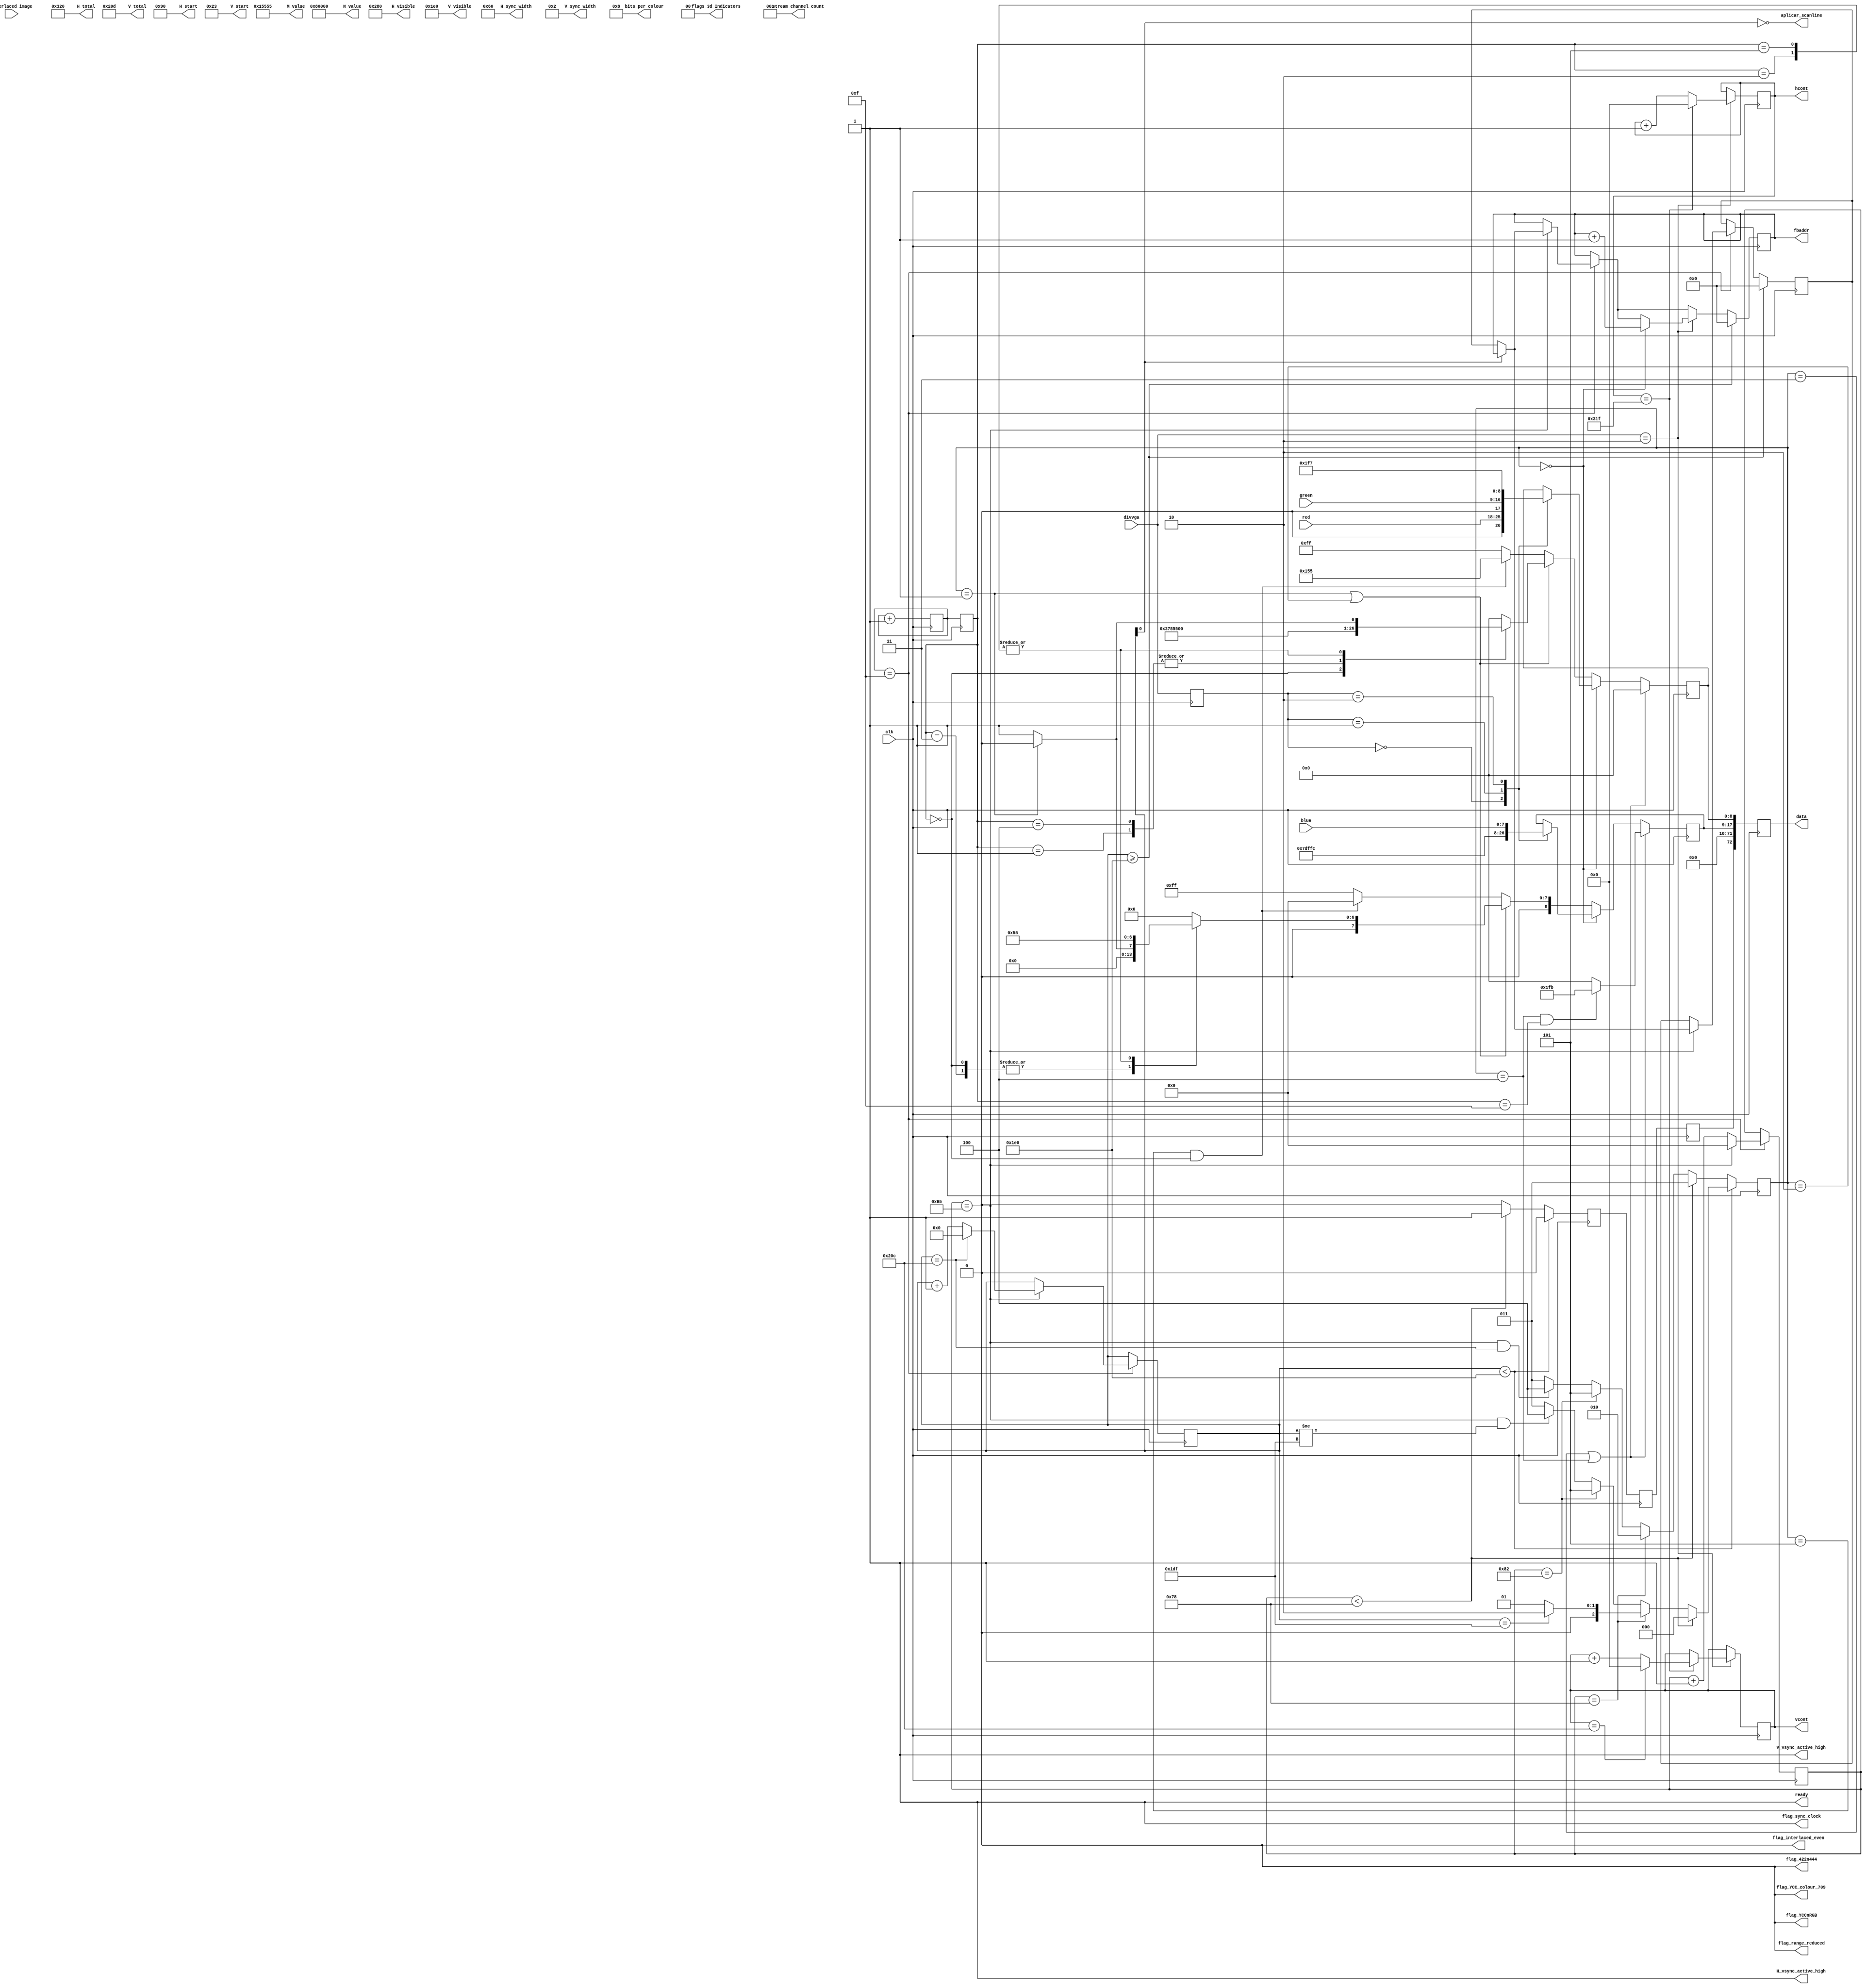
`timescale 1ns / 1ps
`default_nettype none

//    This file is part of the ZXUNO Spectrum core. 
//    Creation date is 21:14:58 2023-05-01 by Miguel Angel Rodriguez Jodar
//    (c)2014-2020 ZXUNO association.
//    ZXUNO official repository: http://svn.zxuno.com/svn/zxuno
//    Username: guest   Password: zxuno
//    Github repository for this core: https://github.com/mcleod-ideafix/zxuno_spectrum_core
//
//    ZXUNO Spectrum core is free software: you can redistribute it and/or modify
//    it under the terms of the GNU General Public License as published by
//    the Free Software Foundation, either version 3 of the License, or
//    (at your option) any later version.
//
//    ZXUNO Spectrum core is distributed in the hope that it will be useful,
//    but WITHOUT ANY WARRANTY; without even the implied warranty of
//    MERCHANTABILITY or FITNESS FOR A PARTICULAR PURPOSE.  See the
//    GNU General Public License for more details.
//
//    You should have received a copy of the GNU General Public License
//    along with the ZXUNO Spectrum core.  If not, see <https://www.gnu.org/licenses/>.
//
//    Any distributed copy of this file must keep this notice intact.
//
// ORIGINAL COPYRIGHT FOLLOWS:
//
// Part of the DisplayPort_Verlog project - an open implementation of the 
// DisplayPort protocol for FPGA boards. 
//
// See https://github.com/hamsternz/DisplayPort_Verilog for latest versions.
//
///////////////////////////////////////////////////////////////////////////////
// Version |  Notes
// ----------------------------------------------------------------------------
//   1.0   | Initial Release
//
///////////////////////////////////////////////////////////////////////////////
//
// MIT License
// 
// Copyright (c) 2019 Mike Field
// 
// Permission is hereby granted, free of charge, to any person obtaining a copy
// of this software and associated documentation files (the "Software"), to deal
// in the Software without restriction, including without limitation the rights
// to use, copy, modify, merge, publish, distribute, sublicense, and/or sell
// copies of the Software, and to permit persons to whom the Software is
// furnished to do so, subject to the following conditions:
// 
// The above copyright notice and this permission notice shall be included in all
// copies or substantial portions of the Software.
// 
// THE SOFTWARE IS PROVIDED "AS IS", WITHOUT WARRANTY OF ANY KIND, EXPRESS OR
// IMPLIED, INCLUDING BUT NOT LIMITED TO THE WARRANTIES OF MERCHANTABILITY,
// FITNESS FOR A PARTICULAR PURPOSE AND NONINFRINGEMENT. IN NO EVENT SHALL THE
// AUTHORS OR COPYRIGHT HOLDERS BE LIABLE FOR ANY CLAIM, DAMAGES OR OTHER
// LIABILITY, WHETHER IN AN ACTION OF CONTRACT, TORT OR OTHERWISE, ARISING FROM,
// OUT OF OR IN CONNECTION WITH THE SOFTWARE OR THE USE OR OTHER DEALINGS IN THE
// SOFTWARE.
//
///////////////////////////////////////////////////////////////////////////////
//
// Want to say thanks?
//
// This design has taken many hours - 3 months of work for the initial VHDL
// design, and another month or so to convert it to Verilog for this release.
//
// I'm more than happy to share it if you can make use of it. It is released
// under the MIT license, so you are not under any onus to say thanks, but....
//
// If you what to say thanks for this design either drop me an email, or how about
// trying PayPal to my email (hamster@snap.net.nz)?
//
//  Educational use - Enough for a beer
//  Hobbyist use    - Enough for a pizza
//  Research use    - Enough to take the family out to dinner
//  Commercial use  - A weeks pay for an engineer (I wish!)
//
///////////////////////////////////////////////////////////////////////////////

module stream_640x480 (
  output reg [23:0] M_value,
  output reg [23:0] N_value,
  output reg [11:0] H_visible,
  output reg [11:0] V_visible,
  output reg [11:0] H_total,
  output reg [11:0] V_total,
  output reg [11:0] H_sync_width,
  output reg [11:0] V_sync_width,
  output reg [11:0] H_start,
  output reg [11:0] V_start,
  output reg        H_vsync_active_high,
  output reg        V_vsync_active_high,
  output reg        flag_sync_clock,
  output reg        flag_YCCnRGB,
  output reg        flag_422n444,
  output reg        flag_YCC_colour_709,
  output reg        flag_range_reduced,
  output reg        flag_interlaced_even,
  output reg  [1:0] flags_3d_Indicators,
  output reg  [4:0] bits_per_colour,
  output reg  [2:0] stream_channel_count,

  input wire        clk,
  output reg [18:0] fbaddr,
  output wire aplicar_scanline,
  input wire interlaced_image,
  input wire [1:0]  divvga,
  output reg [10:0] hcont,
  output reg [10:0] vcont,
  input wire [7:0]  red,
  input wire [7:0]  green,
  input wire [7:0]  blue,
  output reg        ready,
  output reg [72:0] data
);

  localparam [8:0] DUMMY  = 9'b000000000;  // 0x03
  localparam [8:0] SPARE  = 9'b011111111;  // 0xFF
  localparam [8:0] ZERO   = 9'b000000000;  // 0x00

  localparam [8:0] BE     = 9'b111111011;  // K27.7 Blank End
  localparam [8:0] BS     = 9'b110111100;  // K28.5 Blank Start
  localparam [8:0] FS     = 9'b111111110;  // K30.7 Fill Start
  localparam [8:0] FE     = 9'b111110111;  // K23.7 Fill End
  localparam [8:0] SS     = 9'b101011100;  // K28.2
  localparam [8:0] SE     = 9'b111111101;  // K29.7  

  localparam [8:0] VB_VS  = 9'b000000001;  // 0x00  VB-ID with Vertical blank asserted
  localparam [8:0] VB_NVS = 9'b000000000;  // 0x00  VB-ID without Vertical blank asserted
  localparam [8:0] MVID   = 9'h055;        // LSB de M
  localparam [8:0] MAUD   = 9'b000000000;  // LSB de Maud. Maud = 512
  localparam [8:0] BEGINAUDIO = 9'h155;    // para marcar que aqu comienza a insertarse la info de audio  

  localparam [2:0] ACTIVEVIDEO    = 0;
  localparam [2:0] BEGINHBLANKING = 1;
  localparam [2:0] BEGINVBLANKING = 2;
  localparam [2:0] DUMMYSYMBOLS   = 3;
  localparam [2:0] ENDBLANKING    = 4;
  localparam [2:0] AUDIO          = 5;

  reg [3:0] index = 0;
  reg [3:0] index_ste2 = 0;
  reg [2:0] tipo_bloque = ACTIVEVIDEO;
  reg [1:0] divvga_ste2 = 0;
  reg [8:0] d0 = 0;
  reg [8:0] d1 = 0;
  reg [9:0] contador_scans = 0;
  reg [7:0] contador_bloques = 0;
  reg [18:0] fbaddr_comienzo_linea;
  reg insertar_idle_pattern = 0;
  reg insertar_idle_pattern_ste2, insertar_idle_pattern_ste3;
  assign aplicar_scanline = ~contador_scans[0];
  
  initial begin
    M_value              = 24'h015555;
    N_value              = 24'h080000;

    H_visible            = 12'd640;
    H_total              = 12'd800;
    H_start              = 12'd144;
    H_sync_width         = 12'd96;

    V_visible            = 12'd480;
    V_total              = 12'd525;
    V_start              = 12'd35;
    V_sync_width         = 12'd2;

    H_vsync_active_high  = 1'b1;
    V_vsync_active_high  = 1'b1;
    flag_sync_clock      = 1'b1;
    flag_YCCnRGB         = 1'b0;
    flag_422n444         = 1'b0;
    flag_range_reduced   = 1'b0;
    flag_interlaced_even = 1'b0;
    flag_YCC_colour_709  = 1'b0;
    flags_3d_Indicators  = 2'b00;
    bits_per_colour      = 5'b01000;

    stream_channel_count = 3'b001;
    ready                = 1'b1;
    data                 = 73'b0;
  end

  always @(posedge clk) begin

    data[17:9]  <= d1;
    data[8:0]   <= d0;
    data[71:18] <= 54'b0;
    data[72]    <= insertar_idle_pattern_ste3; 

    insertar_idle_pattern_ste3 = insertar_idle_pattern_ste2;

    if (tipo_bloque == DUMMYSYMBOLS || tipo_bloque == ENDBLANKING) begin
      d0 <= DUMMY;
      if (tipo_bloque == ENDBLANKING && index_ste2 == 15)
        d1 <= BE;
      else
        d1 <= DUMMY;
    end
    else if (tipo_bloque == ACTIVEVIDEO) begin
      case (divvga_ste2)
        0: begin d0 <= {1'b0, red};   d1 <= FE; end
        1: begin d0 <= {1'b0, green}; d1 <= FS; end
        2: begin d0 <= FE;            d1 <= {1'b0, blue}; end
      endcase
    end
    else if (tipo_bloque == BEGINHBLANKING || tipo_bloque == BEGINVBLANKING) begin
      case (index_ste2)
        0: begin d0 <= BS;              d1 <= (tipo_bloque == BEGINHBLANKING)? VB_NVS : VB_VS;  end
        1: begin d0 <= MVID;            d1 <= MAUD; end
        2: begin d0 <= (tipo_bloque == BEGINHBLANKING)? VB_NVS : VB_VS;    d1 <= MVID; end
        3: begin d0 <= MAUD;            d1 <= (tipo_bloque == BEGINHBLANKING)? VB_NVS : VB_VS;  end
        4: begin d0 <= MVID;            d1 <= MAUD; end
        5: begin d0 <= (tipo_bloque == BEGINHBLANKING)? VB_NVS : VB_VS;    d1 <= MVID; end
        6: begin d0 <= MAUD;            d1 <= DUMMY; end
        default: begin d0 <= DUMMY;     d1 <= DUMMY; end
      endcase
    end
    else if (tipo_bloque == AUDIO && index_ste2 == 0) begin
      d0 <= BEGINAUDIO;   // dejamos aqu la marca de comenzar info de audio para despus insertarlo aparte      
      d1 <= DUMMY;
    end
    else
      begin d0 <= SPARE ; d1 <= SPARE; end

  ////////////////////////////////////////////////////////////////////////////////////////

    divvga_ste2 <= divvga;
    index_ste2 <= index;
    insertar_idle_pattern_ste2 <= insertar_idle_pattern; 

    index <= index + 1;
    if (index == 15) begin
      if (contador_bloques == 149) begin   //  Htot / pixtu - 1
        contador_bloques <= 0;
          if (contador_scans[0] == 0)
            fbaddr <= fbaddr_comienzo_linea;   // de esta forma, se lee el mismo scan de ambas memorias (fbpar y fbimpar)
          else begin
            fbaddr_comienzo_linea <= fbaddr;   // antes de pasar al siguiente
            fbaddr <= fbaddr;
          end
        if (contador_scans == (V_total-1))
          contador_scans <= 0;
        else
          contador_scans <= contador_scans + 1;
      end
      else
        contador_bloques <= contador_bloques + 1;
    end

    tipo_bloque <= DUMMYSYMBOLS;
    insertar_idle_pattern <= 0;
    if (contador_scans < V_visible) begin
      if (contador_bloques < 120)
        tipo_bloque <= ACTIVEVIDEO;
      else if (contador_bloques == 120)
        tipo_bloque <= (contador_scans == (V_visible-1))? BEGINVBLANKING : BEGINHBLANKING;  // o bien Pixels BS and VS-ID block (no VBLANK flag)
      else if (contador_bloques == 130)
        tipo_bloque <= AUDIO;
      else if (contador_bloques == 149 && contador_scans != (V_visible-1))
        tipo_bloque <= ENDBLANKING;
    end
    else begin
      if (contador_bloques < 120) begin
        tipo_bloque <= DUMMYSYMBOLS;
        insertar_idle_pattern <= 1;
      end
      else if (contador_bloques == 120)
        tipo_bloque <= BEGINVBLANKING;
      else if (contador_bloques == 130)
        tipo_bloque <= AUDIO;
      else if (contador_bloques == 149 && contador_scans == (V_total-1))
        tipo_bloque <= ENDBLANKING;
    end

    if (divvga == 2) begin
      if (tipo_bloque == ACTIVEVIDEO)
        fbaddr <= fbaddr + 1;
      if (hcont == H_total-1) begin
        hcont <= 0;
        if (vcont == V_total-1)
          vcont <= 0;
        else
          vcont <= vcont + 1;
      end
      else
        hcont <= hcont + 1;
    end

    if (contador_scans >= V_visible) begin
      fbaddr <= 0;
      fbaddr_comienzo_linea <= 0;
    end
  end

endmodule



module stream_640x480_v2 (
  output reg [23:0] M_value,
  output reg [23:0] N_value,
  output reg [11:0] H_visible,
  output reg [11:0] V_visible,
  output reg [11:0] H_total,
  output reg [11:0] V_total,
  output reg [11:0] H_sync_width,
  output reg [11:0] V_sync_width,
  output reg [11:0] H_start,
  output reg [11:0] V_start,
  output reg        H_vsync_active_high,
  output reg        V_vsync_active_high,
  output reg        flag_sync_clock,
  output reg        flag_YCCnRGB,
  output reg        flag_422n444,
  output reg        flag_YCC_colour_709,
  output reg        flag_range_reduced,
  output reg        flag_interlaced_even,
  output reg  [1:0] flags_3d_Indicators,
  output reg  [4:0] bits_per_colour,
  output reg  [2:0] stream_channel_count,

  input wire        clk,
  output reg [18:0] fbaddr,
  output reg aplicar_scanline,
  input wire [1:0]  divvga,
  output reg [10:0] hcont,
  output reg [10:0] vcont,
  input wire [7:0]  red,
  input wire [7:0]  green,
  input wire [7:0]  blue,
  output reg        ready,
  output reg [72:0] data
);

  localparam [8:0] DUMMY  = 9'b000000000;  // 0x03
  localparam [8:0] SPARE  = 9'b011111111;  // 0xFF
  localparam [8:0] ZERO   = 9'b000000000;  // 0x00

  localparam [8:0] BE     = 9'b111111011;  // K27.7 Blank End
  localparam [8:0] BS     = 9'b110111100;  // K28.5 Blank Start
  localparam [8:0] FS     = 9'b111111110;  // K30.7 Fill Start
  localparam [8:0] FE     = 9'b111110111;  // K23.7 Fill End

  localparam [8:0] VB_VS  = 9'b000000001;  // 0x00  VB-ID with Vertical blank asserted
  localparam [8:0] VB_NVS = 9'b000000000;  // 0x00  VB-ID without Vertical blank asserted
  localparam [8:0] MVID   = 9'h055;        // LSB de M
  localparam [8:0] MAUD   = 9'b000000000;  // 0x00

  localparam [2:0] ACTIVEVIDEO    = 0;
  localparam [2:0] BEGINHBLANKING = 1;
  localparam [2:0] BEGINVBLANKING = 2;
  localparam [2:0] DUMMYSYMBOLS   = 3;
  localparam [2:0] ENDBLANKING    = 4;
  
  localparam [11:0] TOTAL_SYMBOLS = (150*16);
  localparam [11:0] VISIBLE_SYMBOLS = (120*16);

  reg [8:0] d0;
  reg [8:0] d1;
  reg [11:0] symbol_count = 0;
  reg [18:0] fbaddr_comienzo_linea;
  reg insertar_idle_pattern;

  initial begin
    M_value              = 24'h015555;
    N_value              = 24'h080000;

    H_visible            = 12'd640;
    H_total              = 12'd800;
    H_start              = 12'd144;
    H_sync_width         = 12'd96;

    V_visible            = 12'd480;
    V_total              = 12'd525;
    V_start              = 12'd35;
    V_sync_width         = 12'd2;

    H_vsync_active_high  = 1'b1;
    V_vsync_active_high  = 1'b1;
    flag_sync_clock      = 1'b1;
    flag_YCCnRGB         = 1'b0;
    flag_422n444         = 1'b0;
    flag_range_reduced   = 1'b0;
    flag_interlaced_even = 1'b0;
    flag_YCC_colour_709  = 1'b0;
    flags_3d_Indicators  = 2'b00;
    bits_per_colour      = 5'b01000;

    stream_channel_count = 3'b001;
    ready                = 1'b1;
    data                 = 73'b0;
  end

  initial begin
    hcont = 0;
    vcont = 0;
  end

  always @(posedge clk) begin
    data[17:9]  <= d1;
    data[8:0]   <= d0;
    data[71:18] <= 54'b0;
    data[72]    <= insertar_idle_pattern; 

    if (symbol_count != TOTAL_SYMBOLS-1) begin
      symbol_count <= symbol_count + 1;
      if (divvga == 2) begin
        hcont <= hcont + 1;
        if (hcont < H_visible && vcont < V_visible)
          fbaddr <= fbaddr + 1;
      end
    end
    else begin
      symbol_count <= 0;
      hcont <= 0;
      if (vcont != V_total-1)
        vcont <= vcont + 1;
      else
        vcont <= 0;
      if (vcont < V_visible) begin
        aplicar_scanline <= ~vcont[0];
        if (vcont[0] == 0)
          fbaddr <= fbaddr_comienzo_linea;
        else
          fbaddr_comienzo_linea <= fbaddr;
      end
      else begin
        fbaddr <= 0;
        fbaddr_comienzo_linea <= 0;
        aplicar_scanline <= 0;
      end
    end
  end

  reg in_vertical_blanking;
  always @* begin
    in_vertical_blanking = (vcont >= V_visible || (symbol_count >= VISIBLE_SYMBOLS && vcont == (V_visible-1) ));
    if (in_vertical_blanking)
      insertar_idle_pattern = 1;
    else
      insertar_idle_pattern = 0;
  end

  always @* begin    
    ////////////////////////////////////////////////////////////////////////////////////////////////////
    if (symbol_count < VISIBLE_SYMBOLS) begin
      if (vcont < V_visible) begin
        case (divvga)
          0: begin d0 = {1'b0, red};   d1 = FE; end
          1: begin d0 = {1'b0, green}; d1 = FS; end
          2: begin d0 = FE;            d1 = {1'b0, blue}; end
          default: begin d0 = DUMMY ; d1 = DUMMY; end
        endcase
      end
      else begin
        d0 = DUMMY;
        d1 = DUMMY;
      end
    end
    ////////////////////////////////////////////////////////////////////////////////////////////////////
    else if (symbol_count < (VISIBLE_SYMBOLS + 8)) begin
      case (symbol_count[2:0])
        0: begin d0 = BS;              d1 = (in_vertical_blanking)? VB_VS : VB_NVS;  end
        1: begin d0 = MVID;            d1 = MAUD; end
        2: begin d0 = (in_vertical_blanking)? VB_VS : VB_NVS;    d1 = MVID; end
        3: begin d0 = MAUD;            d1 = (in_vertical_blanking)? VB_VS : VB_NVS;  end
        4: begin d0 = MVID;            d1 = MAUD; end
        5: begin d0 = (in_vertical_blanking)? VB_VS : VB_NVS;    d1 = MVID; end
        6: begin d0 = MAUD;            d1 = DUMMY; end
        default: begin d0 = DUMMY;     d1 = DUMMY; end
      endcase
    end
    ////////////////////////////////////////////////////////////////////////////////////////////////////
    else if (symbol_count == TOTAL_SYMBOLS-1 && (vcont < (V_visible-1) || vcont == V_total-1)) begin
      d0 = DUMMY;
      d1 = BE;
    end
    ////////////////////////////////////////////////////////////////////////////////////////////////////
    else begin
      d0 = DUMMY;
      d1 = DUMMY;
    end
  end

endmodule


`default_nettype wire